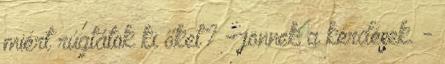
miért rúgtátok ki őket? - jönnek a kérdések. -